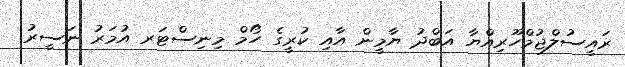
ރައީސުލްޖުމްހޫރިއްޔާ އަބްދު ޔާމީން އާއި ކުރީގެ ހޯމް މިނިސްޓަރ އުމަރު ނަސީރު